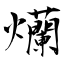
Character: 爤